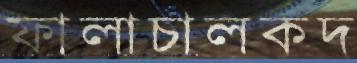
ফালাচালকদ